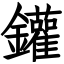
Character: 鑵